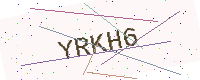
Text: YRKH6